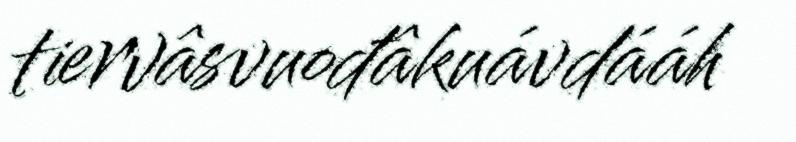
tiervâsvuođâkuávdááh